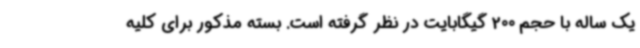
یک ساله با حجم 200 گیگابایت در نظر گرفته است. بسته مذکور برای کلیه